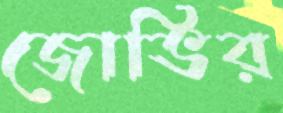
জোভির